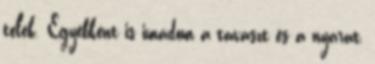
telek. Egyébként is imádom a tavaszt és a nyarat,